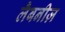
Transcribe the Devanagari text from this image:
लैबनीज़